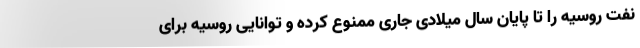
نفت روسیه را تا پایان سال میلادی جاری ممنوع کرده و توانایی روسیه برای